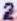
2